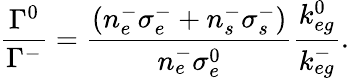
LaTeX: \frac{\Gamma^{0}}{\Gamma^{-}}=\frac{\left(n_{e}^{-}\sigma_{e}^{-}+n_{s}^{-}\sigma_{s}^{-}\right)}{n_{e}^{-}\sigma_{e}^{0}}\frac{k_{eg}^{0}}{k_{eg}^{-}}.